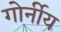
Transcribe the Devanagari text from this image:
गोर्नीय